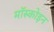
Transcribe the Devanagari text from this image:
मॉस्कोइन